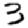
Digit: 3